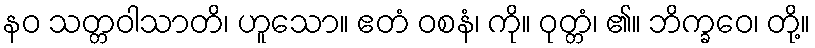
နဝ သတ္တဝါသာတိ၊ ဟူသော။ ဧတံ ဝစနံ၊ ကို။ ဝုတ္တံ၊ ၏။ ဘိက္ခဝေ၊ တို့။